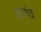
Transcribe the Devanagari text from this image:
घाणंद